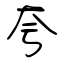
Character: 夸